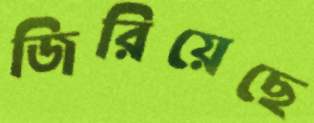
জিরিয়েছে